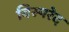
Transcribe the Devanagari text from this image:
विस्परेद